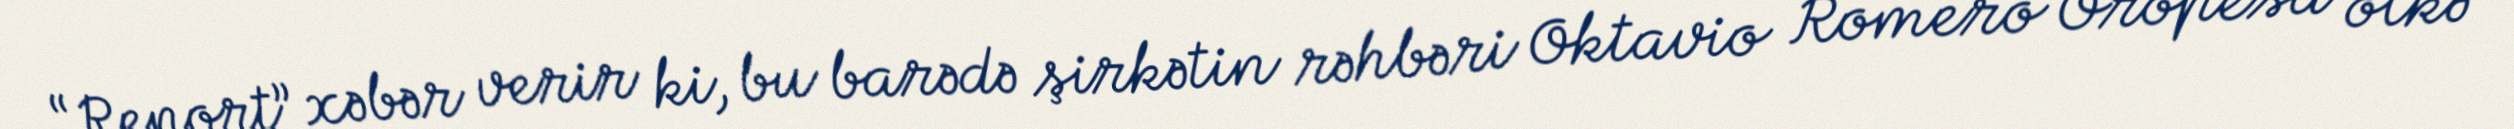
“Report” xəbər verir ki, bu barədə şirkətin rəhbəri Oktavio Romero Oropesa ölkə